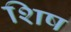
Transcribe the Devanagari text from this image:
शिष